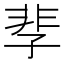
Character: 𩇫